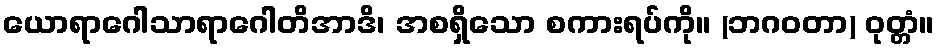
ယောရာဂေါသာရာဂေါတိအာဒိ၊ အစရှိသော စကားရပ်ကို။ (ဘဂဝတာ) ဝုတ္တံ။